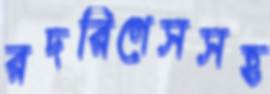
রদরিগেসসহ